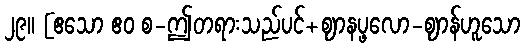
၂၉။ [ဧသော ဧဝ စ-ဤတရားသည်ပင်+ဈာနပ္ဖလော-ဈာန်ဟူသော